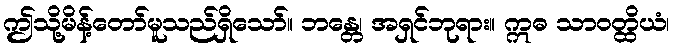
ဤသို့မိန့်တော်မူသည်ရှိသော်။ ဘန္တေ၊ အရှင်ဘုရား။ ဣဓ သာဝတ္ထိယံ၊